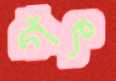
গৎ